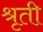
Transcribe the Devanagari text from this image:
श्रृती